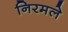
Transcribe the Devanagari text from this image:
निरमले